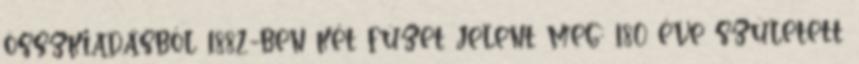
összkiadásból 1882-ben két füzet jelent meg; 180 éve született